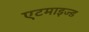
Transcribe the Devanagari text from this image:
एटमाइज्ड